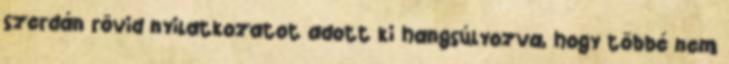
szerdán rövid nyilatkozatot adott ki hangsúlyozva, hogy többé nem